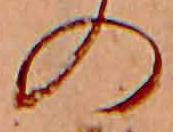
の